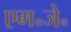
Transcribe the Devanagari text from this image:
एम॰जे॰